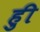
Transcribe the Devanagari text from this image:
हुी